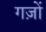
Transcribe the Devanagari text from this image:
गज़ों